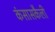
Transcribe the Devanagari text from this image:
कंसासकैली